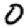
Digit: 0